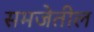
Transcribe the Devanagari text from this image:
समजेतील